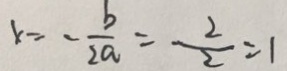
x = - \frac { b } { 2 a } = \frac { 2 } { 2 } = 1